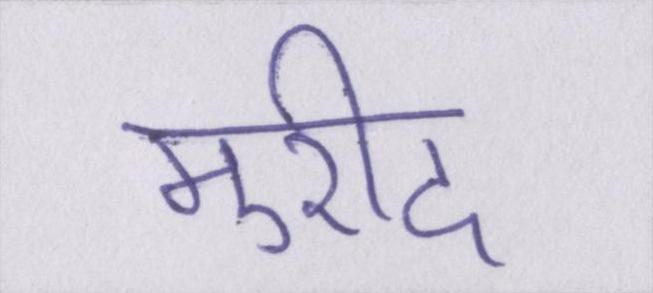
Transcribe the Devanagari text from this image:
मुरीद